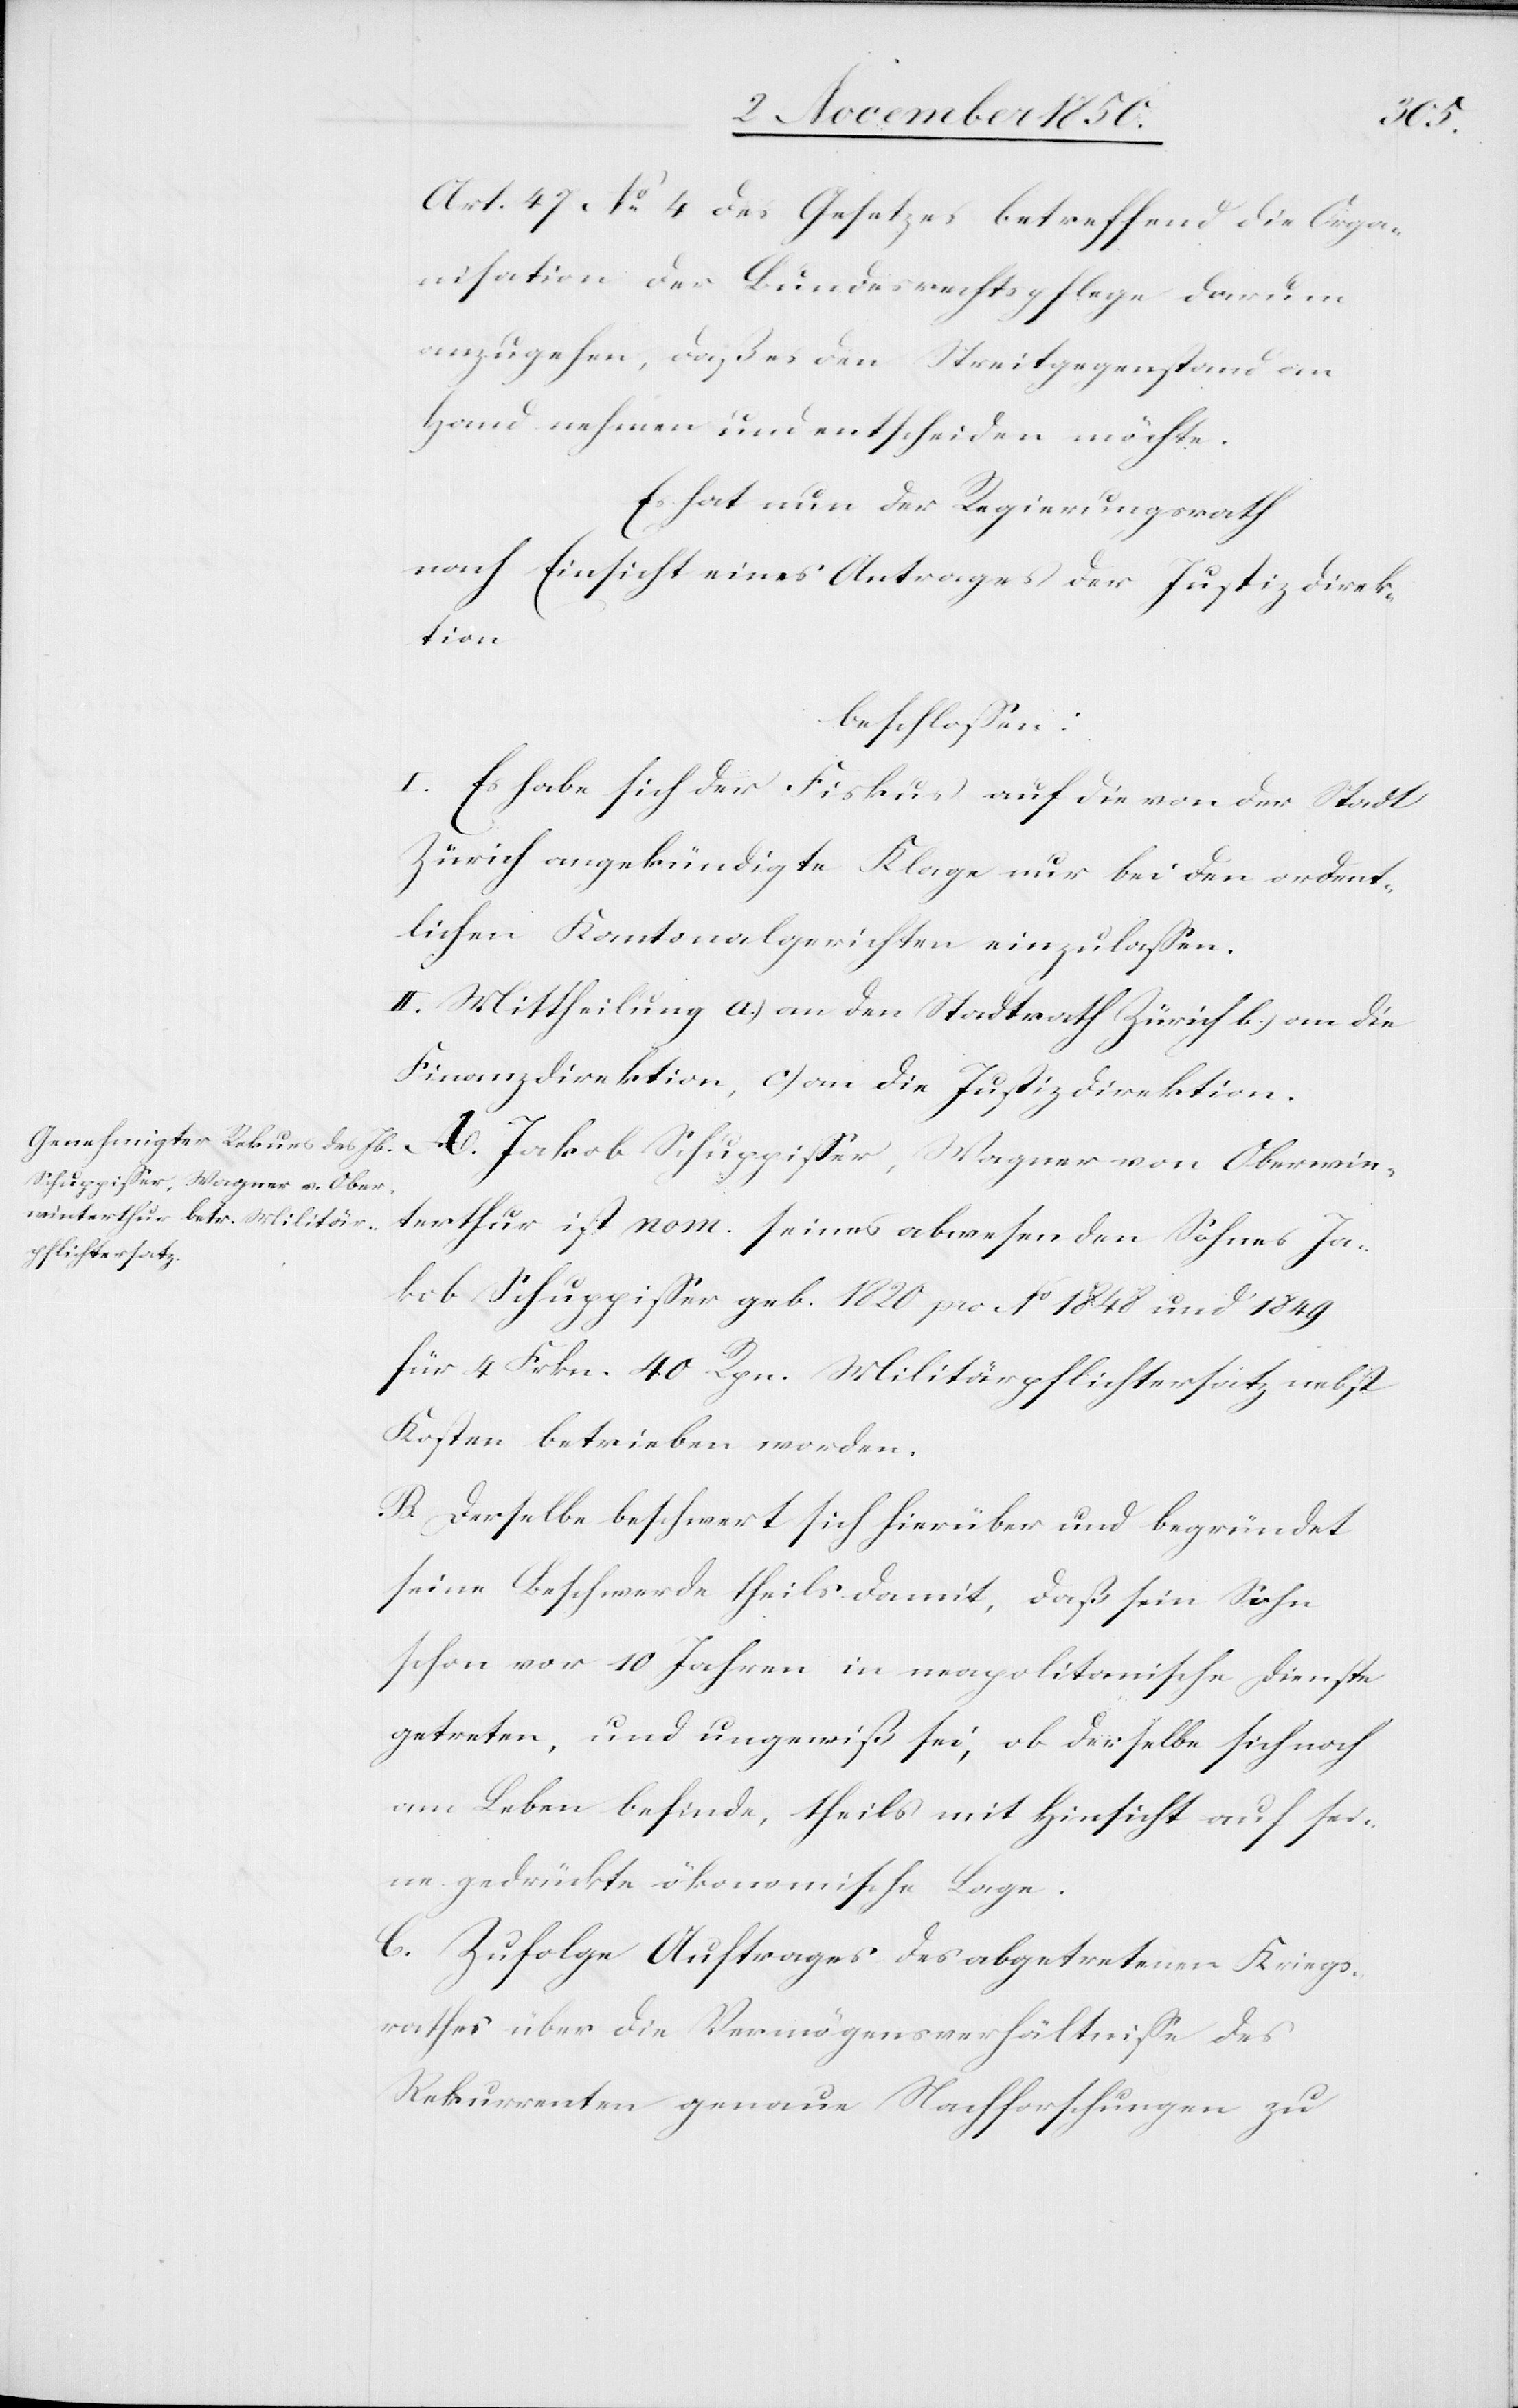
Art. 47 No 4 des Gesetzes betreffend die Orga¬
nisation der Bundesrechtspflege darum
anzugehen, daß es den Streitgegenstand an
Hand nehmen und entscheiden möchte.
Es hat nun der Regierungsrath
nach Einsicht eines Antrages der Justiz Direk¬
tion
beschlossen:
I. Es habe sich der Fiskus auf die von der Stadt
Zürich angekündigte Klage nur bei den ordent¬
lichen Kantonalgerichten einzulassen.
II. Mittheilung a.) an den Stadtrath Zürich b.) an die
Finanzdirektion, c) an die Justizdirektion.
A. Jakob Schuppisser, Wagner von Oberwin¬
terthur ist nom. seines abwesenden Sohnes Ja¬
kob Schuppisser geb. 1820 pro No 1848 und 1849
für 4 Frkn. 40 Rpn. Militärpflichtersatz nebst
Kosten betrieben worden.
B. Derselbe beschwert sich hierüber und begründet
seine Beschwerde theils damit, daß sein Sohn
schon vor 10 Jahren in neapolitanische Dienste
getreten, und ungewiß sei, ob derselbe sich noch
am Leben befinde, theils mit Hinsicht auf sei¬
ne gedrückte ökonomische Lage.
C. Zufolge Auftrages des abgetretenen Kriegs¬
rathes über die Vermögensverhältnisse des
Rekurrenten genaue Nachforschungen zu